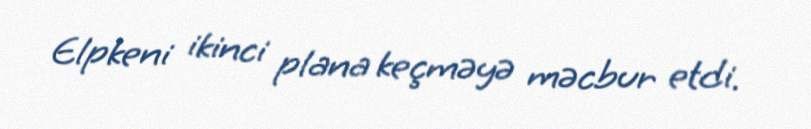
Elpkeni ikinci plana keçməyə məcbur etdi.